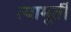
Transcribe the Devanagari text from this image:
त्यामूर्ती